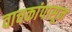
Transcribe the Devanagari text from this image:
वाचकांपासून